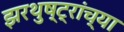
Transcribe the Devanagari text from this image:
झरथुष्ट्रांच्या